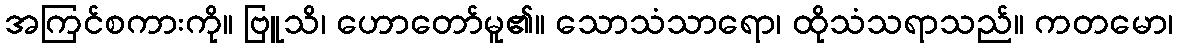
အကြင်စကားကို။ ဗြူသိ၊ ဟောတော်မူ၏။ သောသံသာရော၊ ထိုသံသရာသည်။ ကတမော၊